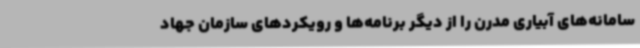
سامانه‌های آبیاری مدرن را از دیگر برنامه‌ها و رویکردهای سازمان جهاد